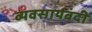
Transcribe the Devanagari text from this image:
व्यवसायबंदी